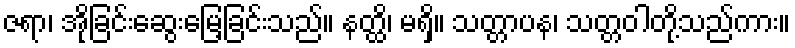
ဇရာ၊ အိုခြင်းဆွေးမြေ့ခြင်းသည်။ နတ္ထိ၊ မရှိ။ သတ္တာပန၊ သတ္တဝါတို့သည်ကား။